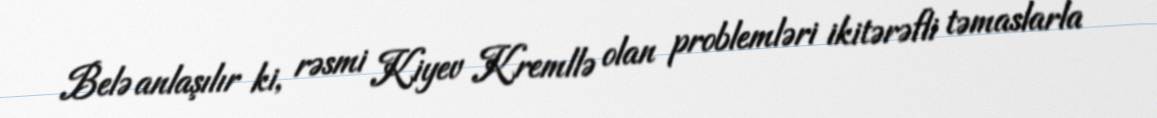
Belə anlaşılır ki, rəsmi Kiyev Kremllə olan problemləri ikitərəfli təmaslarla